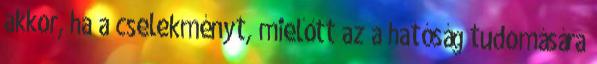
akkor, ha a cselekményt, mielőtt az a hatóság tudomására